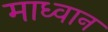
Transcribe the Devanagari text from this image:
माध्वान